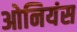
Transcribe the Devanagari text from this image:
ओनियंस